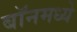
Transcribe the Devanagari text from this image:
बॉनमध्ये